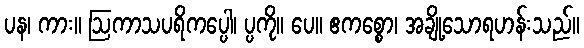
ပန၊ ကား။ ဩကာသပရိကပ္ပေါ၊ ပ္ပကို။ ပေ။ ဧကစ္စော၊ အချို့သောရဟန်းသည်။